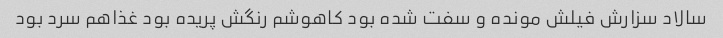
سالاد سزارش فیلش مونده و سفت شده بود کاهوشم رنگش پریده بود غذاهم سرد بود